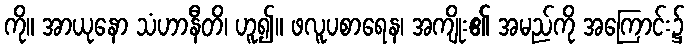
ကို။ အာယုနော သံဟာနီတိ၊ ဟူ၍။ ဖလူပစာရေန၊ အကျိုး၏ အမည်ကို အကြောင်း၌